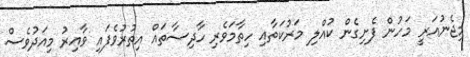
މިޖެނުއަރީ މަހުން ފެށިގެން ކުއްލި މަރުކަތާއި ހިތާމަވެރި ހާދިސާތައް އިތުރުވެފައި ވާއިރު މިއަދުވެސް